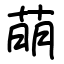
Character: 萌